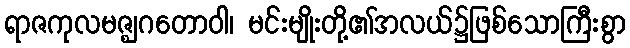
ရာဇကုလမဇ္ဈဂတောဝါ၊ မင်းမျိုးတို့၏အလယ်၌ဖြစ်သောကြီးစွာ